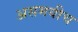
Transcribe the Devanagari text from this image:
असमयीच